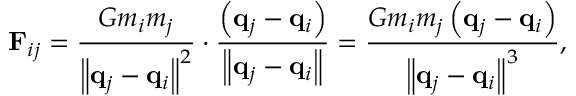
\mathbf { F } _ { i j } = { \frac { G m _ { i } m _ { j } } { \left\| \mathbf { q } _ { j } - \mathbf { q } _ { i } \right\| ^ { 2 } } } \cdot { \frac { \left( \mathbf { q } _ { j } - \mathbf { q } _ { i } \right) } { \left\| \mathbf { q } _ { j } - \mathbf { q } _ { i } \right\| } } = { \frac { G m _ { i } m _ { j } \left( \mathbf { q } _ { j } - \mathbf { q } _ { i } \right) } { \left\| \mathbf { q } _ { j } - \mathbf { q } _ { i } \right\| ^ { 3 } } } ,